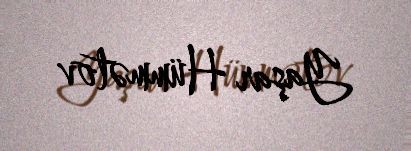
Yaşar Hümmətov